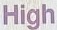
High